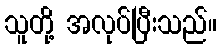
သူတို့ အလုပ်ပြီးသည်။